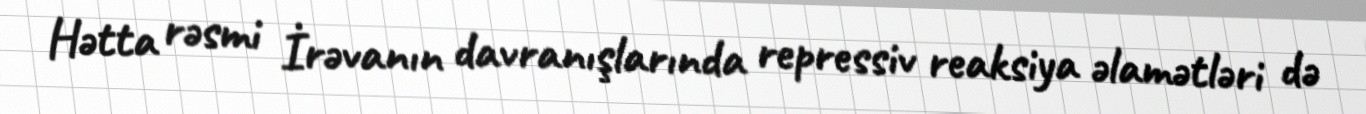
Hətta rəsmi İrəvanın davranışlarında repressiv reaksiya əlamətləri də